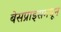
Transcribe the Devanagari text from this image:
बेसप्राइसमधून